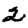
Digit: 2